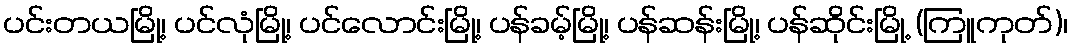
ပင်းတယမြို့၊ ပင်လုံမြို့၊ ပင်လောင်းမြို့၊ ပန်ခမ့်မြို့၊ ပန်ဆန်းမြို့၊ ပန်ဆိုင်းမြို့ (ကြူကုတ်)၊